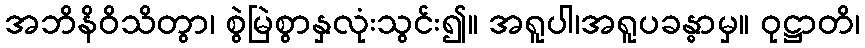
အဘိနိဝိသိတွာ၊ စွဲမြဲစွာနှလုံးသွင်း၍။ အရူပါ၊အရူပခန္ဓာမှ။ ဝုဋ္ဌာတိ၊